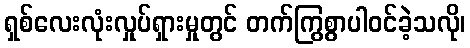
ရှစ်လေးလုံးလှုပ်ရှားမှုတွင် တက်ကြွစွာပါဝင်ခဲ့သလို၊